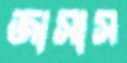
জাসাস